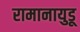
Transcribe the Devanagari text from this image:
रामानायुडू